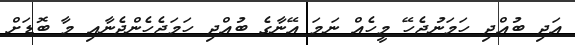
އަދި ބުއްދި ހަމަނުޖެހޭ މީހެއް ނަމަ އޭނާގެ ބުއްދި ހަމަޖެހެންދެނާއި މާ ބޮޑަށް